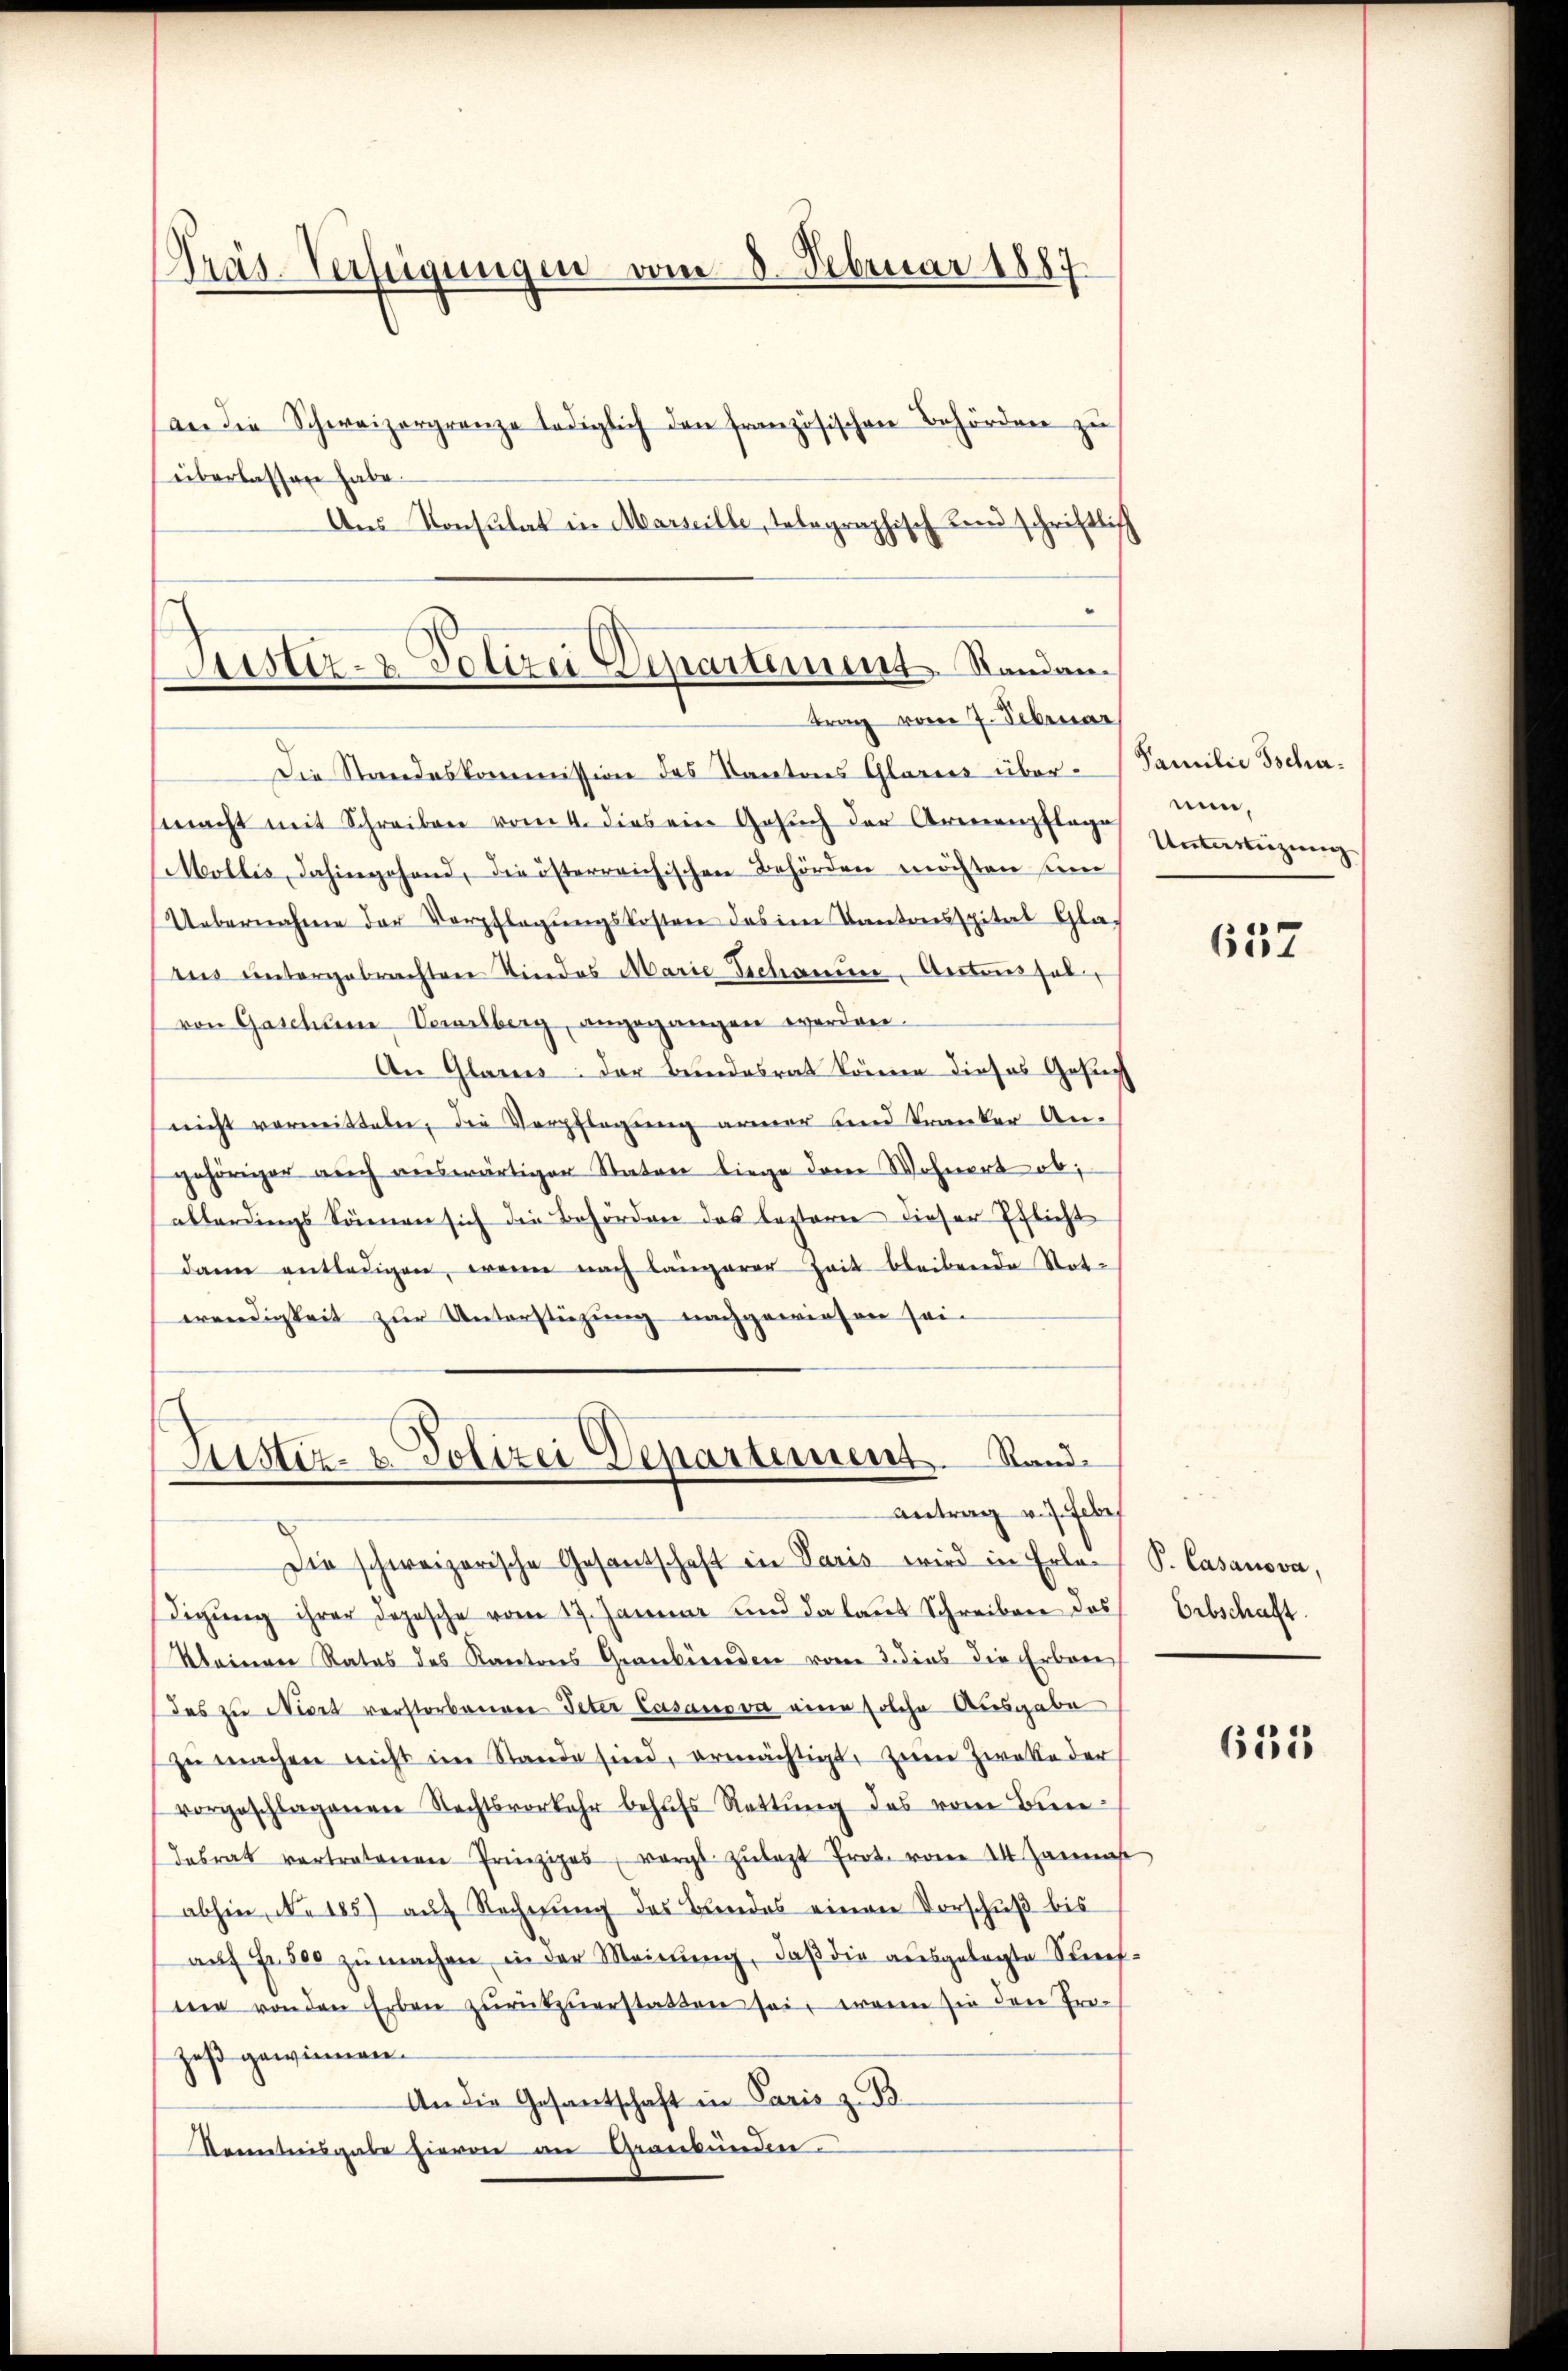
Präs. Verfügungen vom 8. Februar 1887

(an die Schweizergrenze lediglich den französischen Behörden zu
überlassen habe.
Aus Konsulat in Marseille, telegraphisch Landschriftlich
Die Standeskommission des Kantons Glarus übermacht mit Schreiben vom 4. dies ein Gesuch der Armenpflage
(Mollis, dahingehend, die österreichischen Behörden möchten sin
 Uebernahme der Verpflegŭngskosten des im Kantonsspital Gla-
ius untergebrachten Kindes Marie Schanin Antonsal
von Gascheine Verarlberg, angegangen werden.
An Glarus der Bundesrat könne dieses Gesuch
nicht vermitteln, die Verpflegung armer und Tranker An-
gehöriger auch auswärtiger Staten liege dem Wohnert ob,
allerdings können sich die Behörden das lezteren dieser Pflicht
dann entledigen, wenn nach längerer Zeit bleibende Statwendigkeit zur Unterstüzung nachgewiesen sein

aister Polizei Departement Standan
trag vom 7. Februar

Suster- & Polizei Departement. Stand
Antrag v. J. Febe

Die schweizerische Gesantschaft in Paris wird in Erlen P. Casanova,
digung ihrer Depesche vom 17. Januar und da laut Schreiben des
Kleinen Rates des Kantons Graubünden vom 2. dies die Erbreidas zu Niert verstorbenen Peter Lasanova eine solche Ausgabe
zŭ machen nicht im Stande sind, ermächtigt, zum Zwecke der
vorgeschlagenen Rechtsvorkehr behŭfs Rettŭng des vom Bun-
dabrat vertretenen Prinzipes vergl. Zŭlezt Prot. vom 14. Janna
abhin, No 185) auf Rechnung des Bundes einen Vorschuß bis
auf Fr. 500 zu machen in der Meinung, daß die ausgelegte Stiefmie von den Erben zŭrückzuerstatten sei, wenn sie den Pro-
zeß gewinnen.
An die Gesantschaft in Paris z. B.
Kenntnisgabe hievon an Graubünden.

Familie Tschanun,
Unterweigung

657

Erbschaft.

635